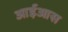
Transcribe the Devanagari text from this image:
आईआस